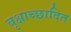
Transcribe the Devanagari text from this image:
वृक्षाच्छादित